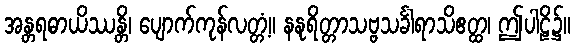
အန္တရဓာယိဿန္တိ၊ ပျောက်ကုန်လတ္တံ့။ နနုရိတ္တာသဗ္ဗသင်္ခါရာသိဧတ္ထ၊ ဤပါဠိ၌။